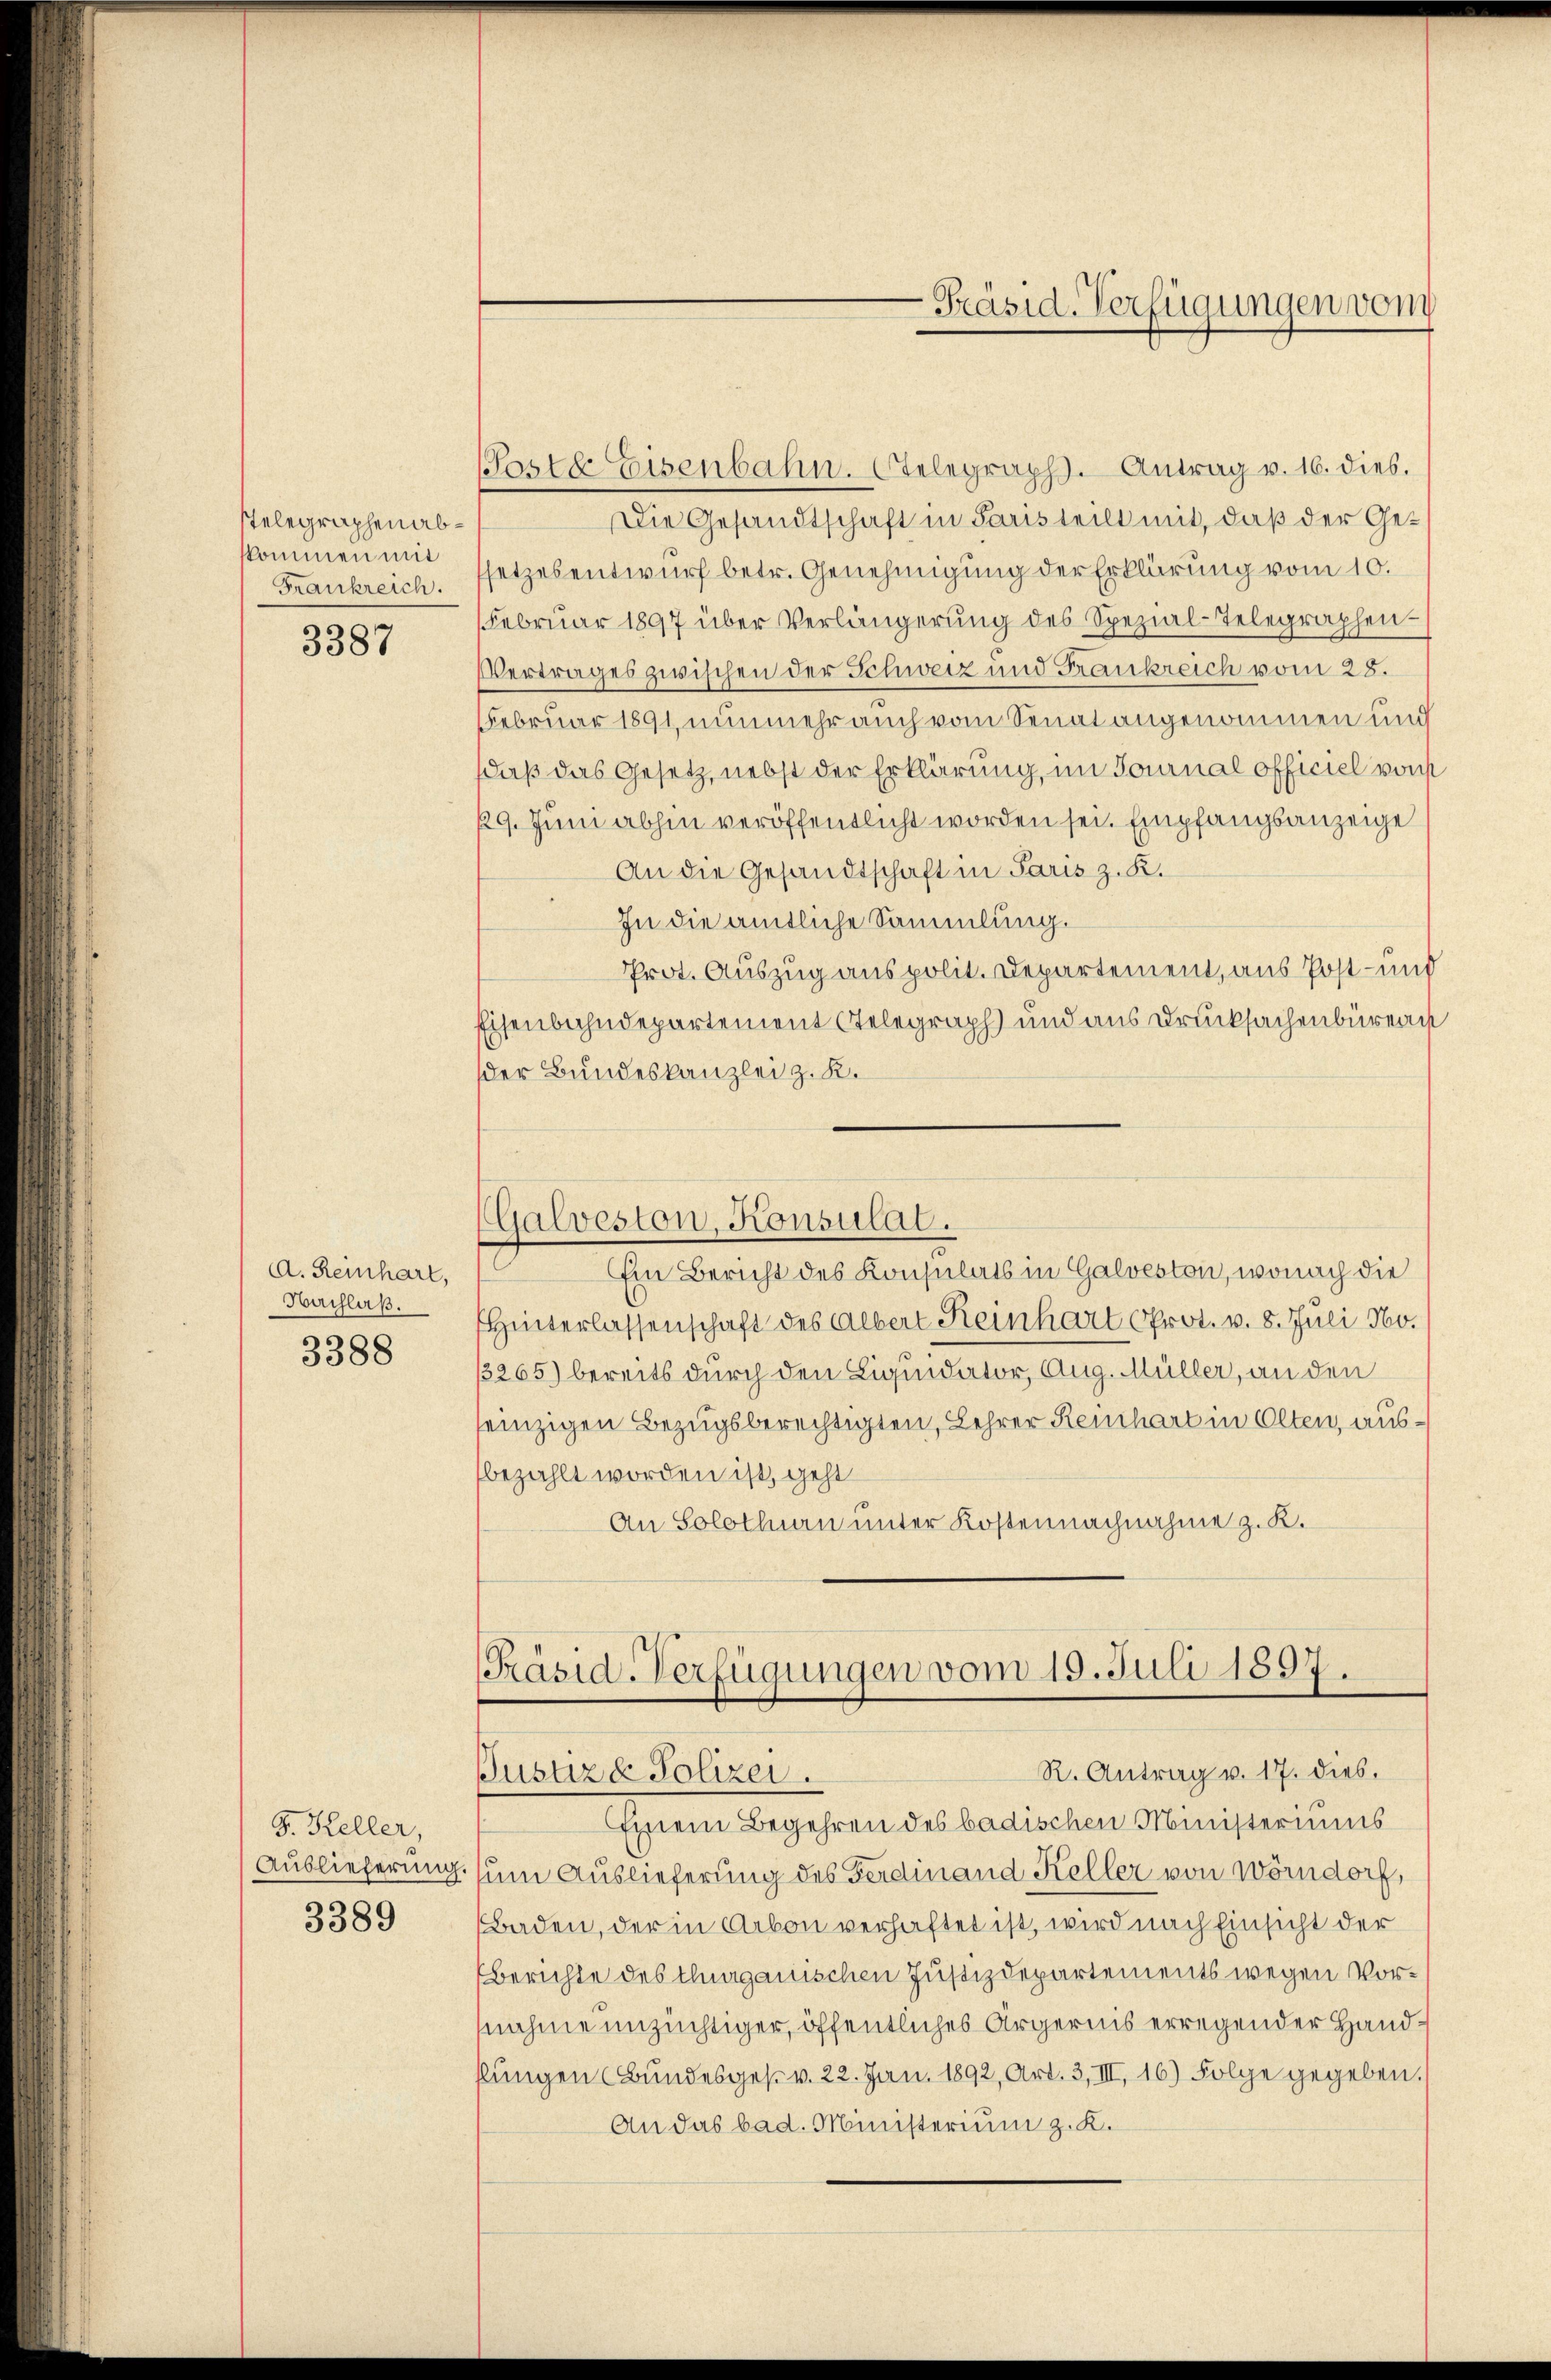
Telegraphen abkommen mit
Frankreich.

3387

A. Reinhart,
Nachlaß.

3388

J. Keller,
Auslieferung.
3389

Poste Eisenbahn. Stelegraph. Antrag v. 16. dies.
Die Gesandtschaft in Paris teilt mit, daß der Gesetzesentwurf betr. Genehmigung der Erklärung vom 10.
Februar 1897 über Verlängerŭng des Spezial-Telegraphen¬
Vertrages zwischen der Schweiz und Frankreich vom 28.
Februar 1891, nunmehr auch vom Senat angenommen und
(daß das Gesetz, nebst der Erklärung, im Journal officiel von
29. Juni abhin veröffentlicht worden sei. Empfangsanzeige
An die Gesandtschaft in Paris z. K.
In die amtliche Sammlung.
Prot. Auszug aus polit. Departement, aus Post- und
Eisenbahndepartement Stelegraph und aus Drucksachenbüreau
der Bundeskanzlei z. K.
(Galveston, Konsulat.
Ein Bericht des Konsulats in Galveston, wonach die
Hinterlassenschaft des Albert Reinhart Prot. v. 8. Juli 160.
3265) bereits durch den Liquidator, Aug. Müller, an den
einzigen Bezugsberechtigten, Lehrer Reinhart in Olten, ausbezahlt worden ist, geht
An Solothurn unter Kostennachnahme z. K.

Präsid-Verfügungen von

[Präsid-Verfügungen vom 19. Juli 1897.
R. Antrag v. 17. dies.
Busuze Polizei.

Einem Begehren des badischen Ministeriums
um Auslieferung des Ferdinand Keller von Wörndorf,
Baden, der in Arbon verhaftet ist, wird nach Einsicht der
berichte des Thurgauischen Justizdepartements wegen Vornahme unzüchtiger, öffentliches Ärgernis erregender Handflungen Bundesges. v. 22. Jan. 1892, Art. 3, III, 16) Folge gegeben.
An das bad. Ministerium z. K.